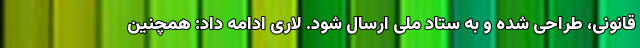
قانونی، طراحی شده و به ستاد ملی ارسال شود. لاری ادامه داد: همچنین